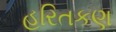
હરિતકણ